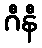
ဂီနီ